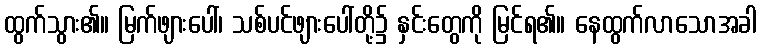
ထွက်သွား၏။ မြက်ဖျားပေါ်၊ သစ်ပင်ဖျားပေါ်တို့၌ နှင်းတွေကို မြင်ရ၏။ နေထွက်လာသောအခါ